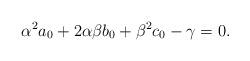
LaTeX: \begin{align*} \alpha^2 a_0+2\alpha\beta b_0+\beta^2 c_0-\gamma=0.\end{align*}